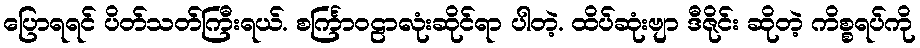
ပြောရရင် ပိတ်သတ်ကြီးရယ်. စင်္ကြာဝဠာလုံးဆိုင်ရာ ပါတဲ့. ထိပ်ဆုံးဗျာ ဒီဇိုင်း ဆိုတဲ့ ကိစ္စရပ်ကို